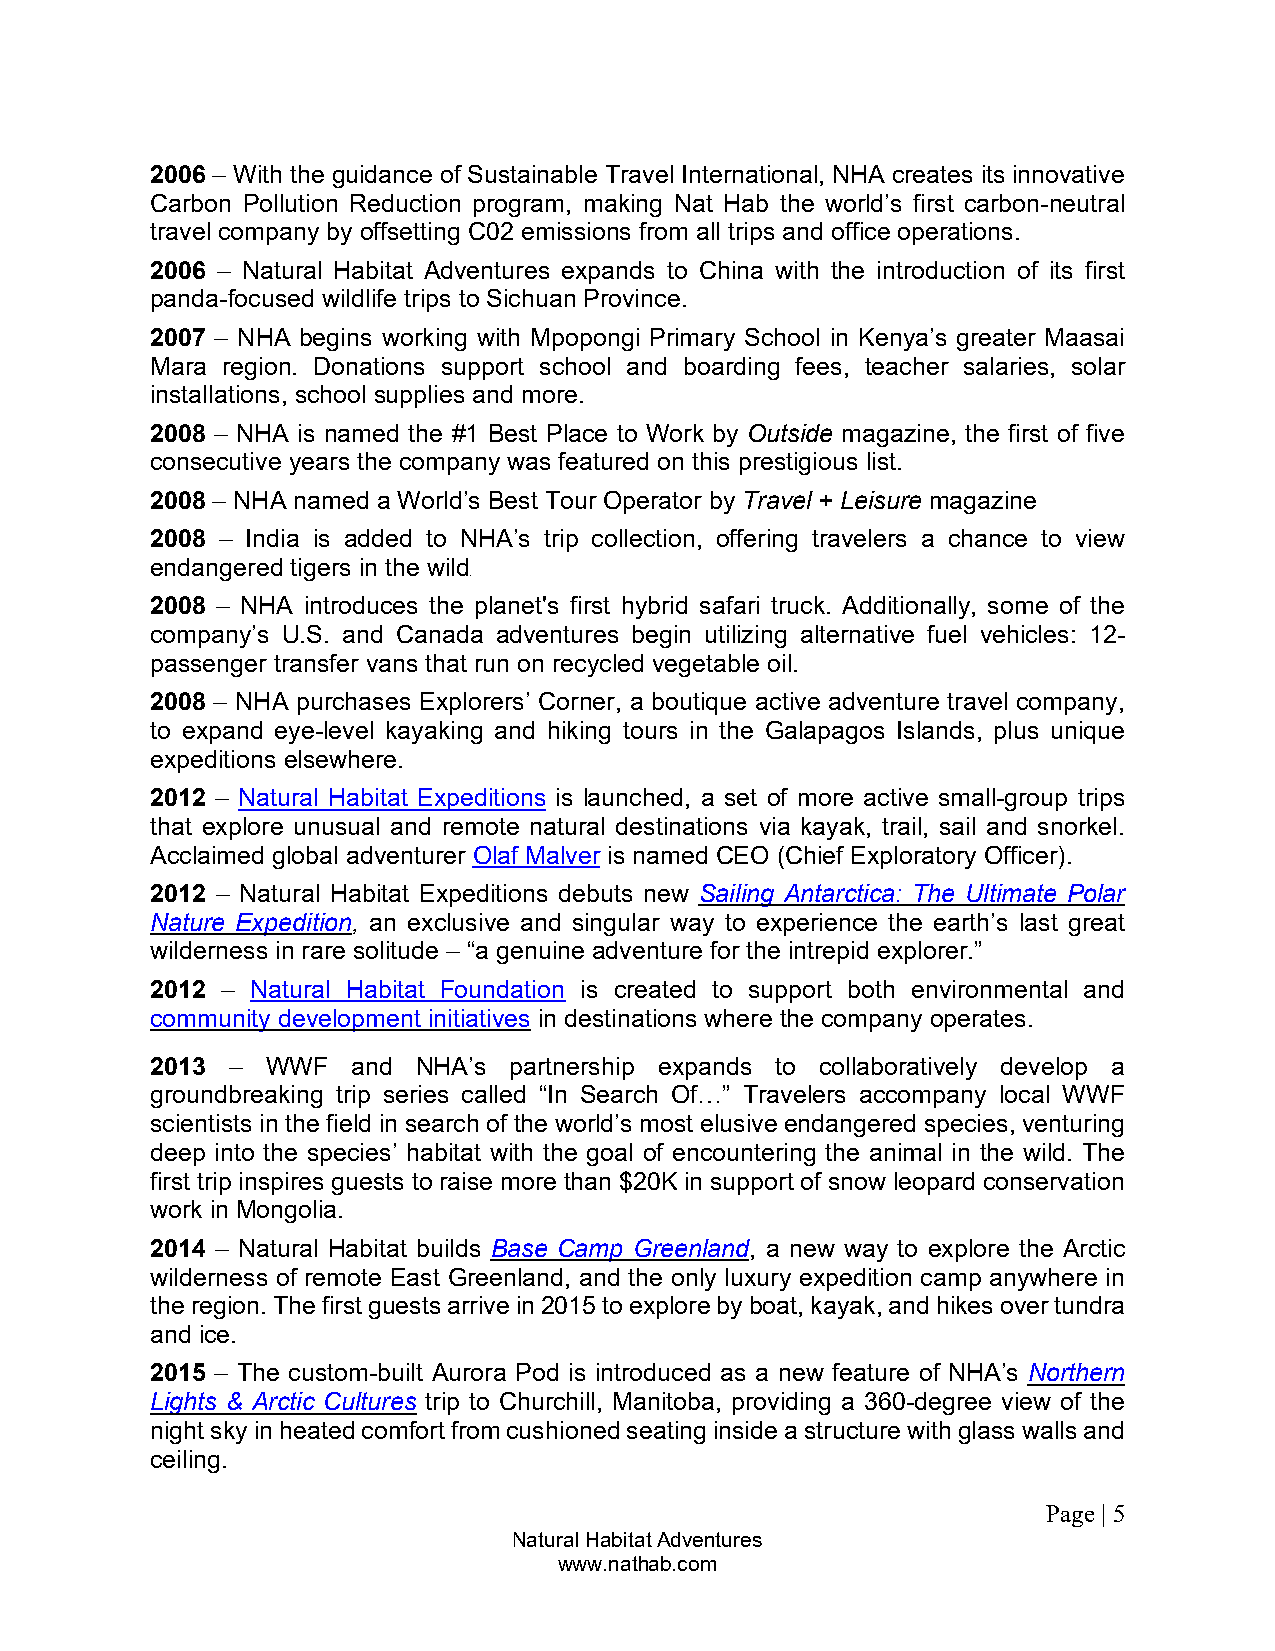
2006 – With the guidance of Sustainable Travel International, NHA creates its innovative
 Carbon Pollution Reduction program, making Nat Hab the world’s first carbon-neutral
 travel company by offsetting C02 emissions from all trips and office operations.
 2006 – Natural Habitat Adventures expands to China with the introduction of its first
 panda-focused wildlife trips to Sichuan Province.
 2007 – NHA begins working with Mpopongi Primary School in Kenya’s greater Maasai
 Mara region. Donations support school and boarding fees, teacher salaries, solar
 installations, school supplies and more.
 2008 – NHA is named the #1 Best Place to Work by Outside magazine, the first of five
 consecutive years the company was featured on this prestigious list.
 2008 – NHA named a World’s Best Tour Operator by Travel + Leisure magazine
 2008 – India is added to NHA’s trip collection, offering travelers a chance to view
 endangered tigers in the wild
 .
 2008 – NHA introduces the planet's first hybrid safari truck. Additionally, some of the
 company’s U.S. and Canada adventures begin utilizing alternative fuel vehicles: 12-
 passenger transfer vans that run on recycled vegetable oil.
 2008 – NHA purchases Explorers’ Corner, a boutique active adventure travel company,
 to expand eye-level kayaking and hiking tours in the Galapagos Islands, plus unique
 expeditions elsewhere.
 2012 – Natural Habitat Expeditions is launched, a set of more active small-group trips
 that explore unusual and remote natural destinations via kayak, trail, sail and snorkel.
 Acclaimed global adventurer Olaf Malver is named CEO (Chief Exploratory Officer).
 2012 – Natural Habitat Expeditions debuts new Sailing Antarctica: The Ultimate Polar
 Nature Expedition, an exclusive and singular way to experience the earth’s last great
 wilderness in rare solitude – “a genuine adventure for the intrepid explorer.”
 2012 – Natural Habitat Foundation is created to support both environmental and
 community development initiatives in destinations where the company operates.
 2013 –  WWF  and  NHA’s partnership expands to collaboratively develop a
 groundbreaking trip series called “In Search Of…” Travelers accompany local WWF
 scientists in the field in search of the world’s most elusive endangered species, venturing
 deep into the species’ habitat with the goal of encountering the animal in the wild. The
 first trip inspires guests to raise more than $20K in support of snow leopard conservation
 work in Mongolia.
 2014 – Natural Habitat builds Base Camp Greenland, a new way to explore the Arctic
 wilderness of remote East Greenland, and the only luxury expedition camp anywhere in
 the region. The first guests arrive in 2015 to explore by boat, kayak, and hikes over tundra
 and ice.
 2015 – The custom-built Aurora Pod is introduced as a new feature of NHA’s Northern
 Lights & Arctic Cultures trip to Churchill, Manitoba, providing a 360-degree view of the
 night sky in heated comfort from cushioned seating inside a structure with glass walls and
 ceiling.
 Page | 5
 Natural Habitat Adventures
 www.nathab.com